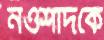
নওশাদকে